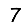
Digit: 7